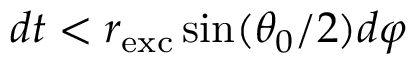
d t < r _ { \mathrm { e x c } } \sin ( \theta _ { 0 } / 2 ) d \varphi